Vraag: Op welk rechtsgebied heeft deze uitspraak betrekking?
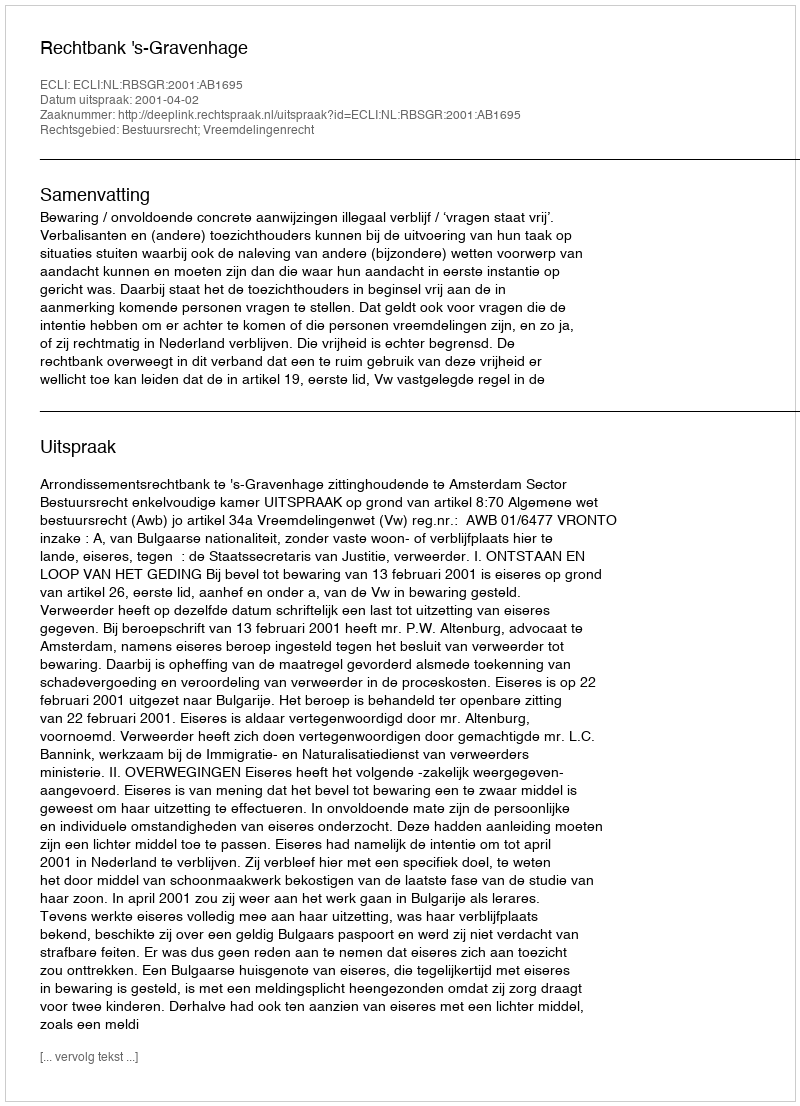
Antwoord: Bestuursrecht; Vreemdelingenrecht